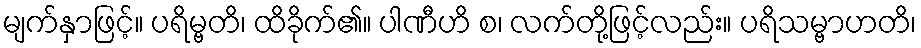
မျက်နှာဖြင့်။ ပရိမ္ဗတိ၊ ထိခိုက်၏။ ပါဏီဟိ စ၊ လက်တို့ဖြင့်လည်း။ ပရိသမ္ဗာဟတိ၊